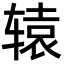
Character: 辕